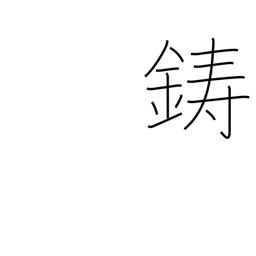
Meaning: mint